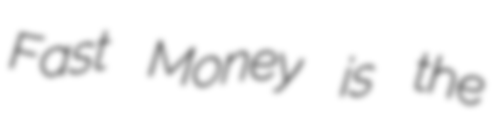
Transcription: Fast Money is the